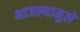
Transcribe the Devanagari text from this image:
भाजल्यामुले